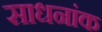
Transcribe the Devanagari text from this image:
साधनांक